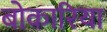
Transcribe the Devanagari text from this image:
बोकारिया